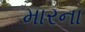
મારના